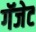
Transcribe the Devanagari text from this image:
गॅजेट